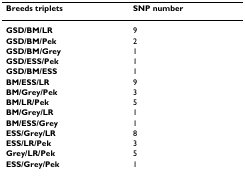
<table><thead><tr><td><b>Breeds triplets</b></td><td><b>SNP number</b></td></tr></thead><tbody><tr><td><b>GSD/BM/LR</b></td><td>9</td></tr><tr><td><b>GSD/BM/Pek</b></td><td>2</td></tr><tr><td><b>GSD/BM/Grey</b></td><td>1</td></tr><tr><td><b>GSD/ESS/Pek</b></td><td>1</td></tr><tr><td><b>GSD/BM/ESS</b></td><td>1</td></tr><tr><td><b>BM/ESS/LR</b></td><td>9</td></tr><tr><td><b>BM/Grey/Pek</b></td><td>3</td></tr><tr><td><b>BM/LR/Pek</b></td><td>5</td></tr><tr><td><b>BM/Grey/LR</b></td><td>1</td></tr><tr><td><b>BM/ESS/Grey</b></td><td>1</td></tr><tr><td><b>ESS/Grey/LR</b></td><td>8</td></tr><tr><td><b>ESS/LR/Pek</b></td><td>3</td></tr><tr><td><b>Grey/LR/Pek</b></td><td>5</td></tr><tr><td><b>ESS/Grey/Pek</b></td><td>1</td></tr></tbody></table>